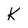
Character: K